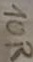
Text: 10R